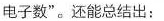
电子数”。还能总结出：